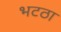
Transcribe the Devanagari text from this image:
भटठा